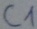
Text: C1